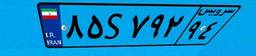
۰۳S۵۱۰۵۴